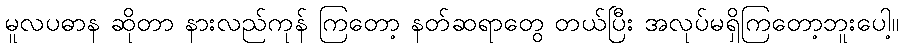
မူလပဓာန ဆိုတာ နားလည်ကုန် ကြတော့ နတ်ဆရာတွေ တယ်ပြီး အလုပ်မရှိကြတော့ဘူးပေါ့။